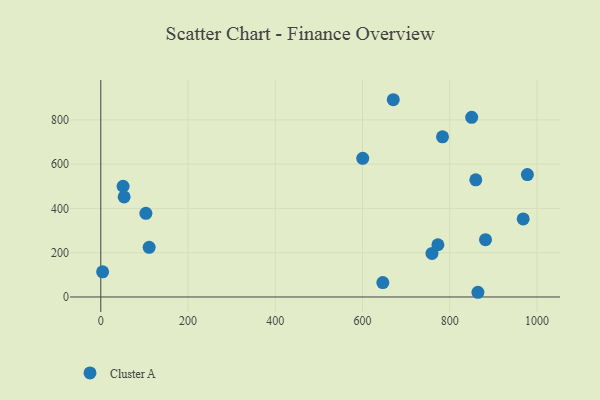
{"axis": {"x": "Investment", "y": "Demand"}, "legend": ["Cluster A"], "data": [{"x": "53.5", "y": 451.9, "type": "Cluster A"}, {"x": "4.2", "y": 113.6, "type": "Cluster A"}, {"x": "783.5", "y": 723.4, "type": "Cluster A"}, {"x": "859.8", "y": 529.3, "type": "Cluster A"}, {"x": "882.1", "y": 258.9, "type": "Cluster A"}, {"x": "978.1", "y": 553.0, "type": "Cluster A"}, {"x": "110.9", "y": 224.5, "type": "Cluster A"}, {"x": "600.6", "y": 626.6, "type": "Cluster A"}, {"x": "850.4", "y": 811.5, "type": "Cluster A"}, {"x": "759.4", "y": 196.7, "type": "Cluster A"}, {"x": "864.7", "y": 21.2, "type": "Cluster A"}, {"x": "646.7", "y": 64.9, "type": "Cluster A"}, {"x": "773.0", "y": 236.0, "type": "Cluster A"}, {"x": "51.1", "y": 500.2, "type": "Cluster A"}, {"x": "103.4", "y": 377.8, "type": "Cluster A"}, {"x": "968.5", "y": 352.5, "type": "Cluster A"}, {"x": "670.6", "y": 891.2, "type": "Cluster A"}]}